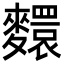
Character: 𪍺